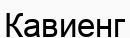
Кавиенг